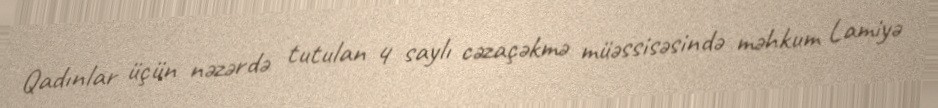
Qadınlar üçün nəzərdə tutulan 4 saylı cəzaçəkmə müəssisəsində məhkum Lamiyə